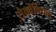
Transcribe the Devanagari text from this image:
सेक्वेंशियल